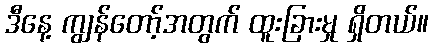
ဒီနေ့ ကျွန်တော့်အတွက် ထူးခြားမှု ရှိတယ်။